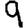
Digit: 9